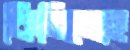
কিনিতেছে